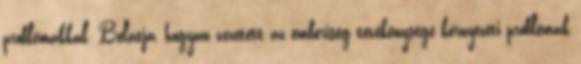
problémákkal. Belátja, hogyan vezetett az emberiség tevékenysége környezeti problémák